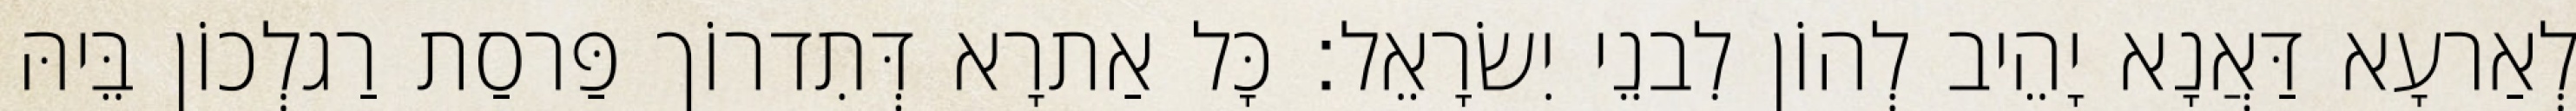
לְאַרעָא דַּאֲנָא יָהֵיב לְהוֹן לִבנֵי יִשׂרָאֵל׃ כָּל אַתרָא דְּתִדרוֹך פַּרסַת רַגלְכוֹן בֵּיהּ